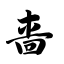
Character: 啬